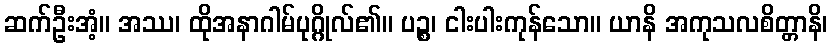
ဆက်ဦးအံ့။ အဿ၊ ထိုအနာဂါမ်ပုဂ္ဂိုလ်၏။ ပဉ္စ၊ ငါးပါးကုန်သော။ ယာနိ အကုသလစိတ္တာနိ၊